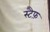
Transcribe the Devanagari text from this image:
स्टैफ़